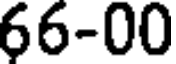
66-00